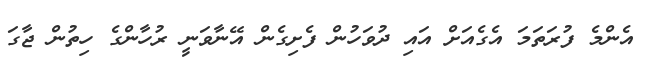
އެންމެ ފުރަތަމަ އެގެއަށް އައި ދުވަހުން ފެށިގެން އޭނާވަނީ ރުހާންގެ ހިތުން ޖާގަ